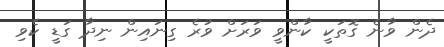
ދެން ވާނެ ގޮތަކީ ކާންވީ ވަރަށް ވުރެ ގިނައިން ނިދާ ގަޑީ ކެވި